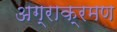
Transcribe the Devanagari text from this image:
अग्राक्रमण